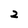
Character: 2